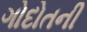
ગોદોતની